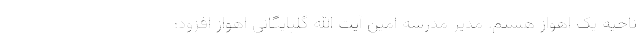
ناحیه یک اهواز هستم. مدیر مدرسه امین آیت الله گلپایگانی اهواز افزود: